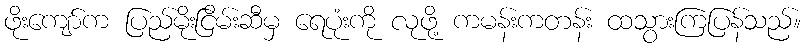
ဖိုးကျော်က ပြည်မိုးငြိမ်းဆီမှ ရေပုံးကို လုဖို့ ကမန်းကတန်း ထသွားကြပြန်သည်။